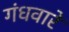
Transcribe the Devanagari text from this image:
गंधवारें